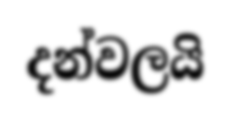
දන්වලයි